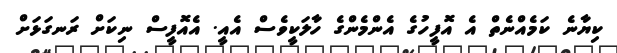
ކިޔާނެ ކަމެއްނެތް އެ އޮފީހުގެ އެންމެންގެ ހާލަކީވެސް އެއީ. އެއޮފީސް ނިކަށް ރަނގަޅަށް